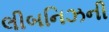
લીબનિઝની